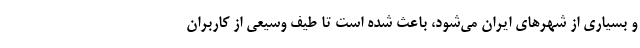
و بسیاری از شهرهای ایران می‌شود، باعث شده است تا طیف وسیعی از کاربران